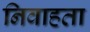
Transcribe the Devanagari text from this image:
निवाहता